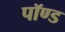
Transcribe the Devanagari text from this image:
पॉण्ड